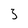
Character: 3